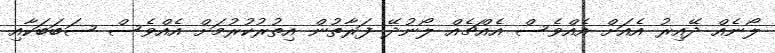
ލޯނެއް ދޭއިރު އެއަށް އެއްވެސް އެއްޗެއް ލޯނުދޭ ފަރާތުން އިތުރުކުރުމަށް އެއްވެސް ސަބަބަކާއި